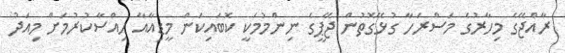
ރާއްޖޭގެ މިހާރުގެ މަސްރަހާ ގުޅޭގޮތުން ޖޭޕީގެ ނިންމުމަކީ ކޮބައިކަން މީޑިއާއާ ހިއްސާކުރުމަށް މިއަދު